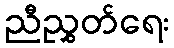
ညီညွှတ်ရေး